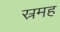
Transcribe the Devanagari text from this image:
स्रमह